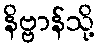
နိဗ္ဗာန်သို့